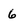
Character: 6